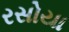
રસોયા